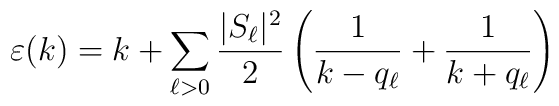
\varepsilon (k) = k + \sum_{\ell >0} \frac{|S_{\ell}|^2}{2} \left( \frac{1}{k-q_{\ell}}+ \frac{1}{k+q_{\ell}}\right)